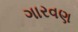
ગારવણ